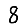
Digit: 8